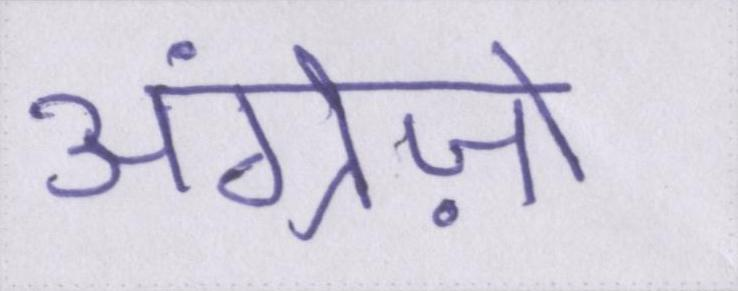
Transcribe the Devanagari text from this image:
अंग्रेज़ो